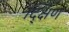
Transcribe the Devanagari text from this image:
द्क्षिण